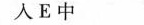
人E中